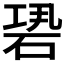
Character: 𥒽